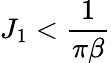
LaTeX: J_{1}<\frac{1}{\pi\beta}